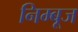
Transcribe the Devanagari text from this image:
निम्बूज